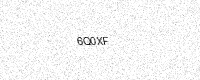
Text: 6Q0XF